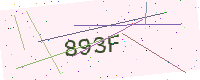
Text: 893F